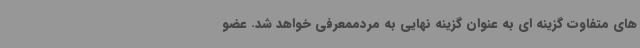
های متفاوت گزینه ای به عنوان گزینه نهایی به مردممعرفی خواهد شد. عضو